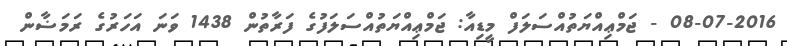
08-07-2016 - ޖަމްޢިއްޔަތުއްސަލަފް މީޑިއާ: ޖަމްޢިއްޔަތުއްސަލަފުގެ ފަރާތުން 1438 ވަނަ އަހަރުގެ ރަމަޟާން